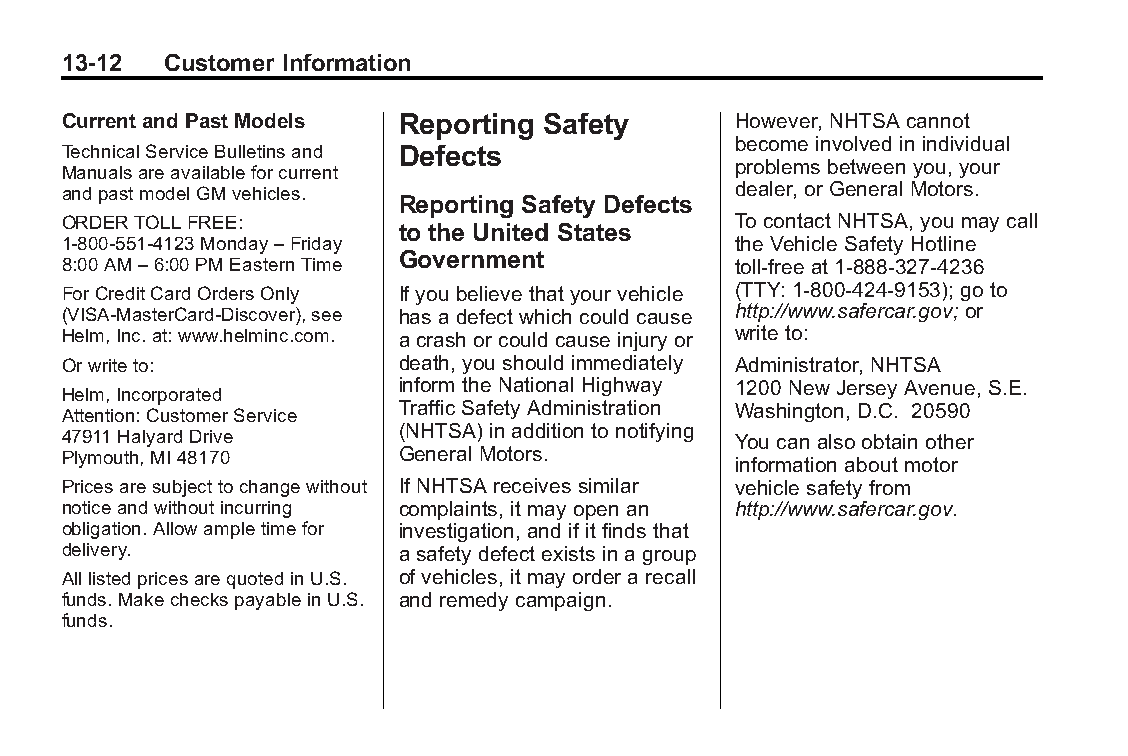
Buick LaCrosse Owner Manual (GMNA-Localizing-U.S./Canada/Mexico- Blackplate(12,1)
 6043609)-2014-2ndEdition-10/17/13
 13-12  Customer Information
 Current andPast Models Reporting Safety     However, NHTSA cannot
 become involved in individual
 TechnicalServiceBulletinsand Defects
 problems between you, your
 Manualsareavailableforcurrent
 andpastmodelGMvehicles.                     dealer, or General Motors.
 Reporting Safety Defects
 ORDERTOLLFREE:                              To contact NHTSA, you may call
 to the United States
 1-800-551-4123Monday–Friday                 the Vehicle Safety Hotline
 Government
 8:00AM–6:00PMEasternTime                    toll-free at 1-888-327-4236
 ForCreditCardOrdersOnly If you believe that your vehicle (TTY: 1-800-424-9153); go to
 (VISA-MasterCard-Discover),see has a defect which could cause http://www.safercar.gov;or
 Helm,Inc.at:www.helminc.com. a crash or could cause injury or write to:
 Orwriteto:            death, you should immediately Administrator, NHTSA
 inform the National Highway 1200 New Jersey Avenue, S.E.
 Helm,Incorporated
 Attention:CustomerService TrafficSafety Administration Washington, D.C. 20590
 (NHTSA) in addition to notifying
 47911HalyardDrive                           You can also obtain other
 Plymouth,MI48170      General Motors.
 information about motor
 Pricesaresubjecttochangewithout If NHTSA receives similar vehicle safety from
 noticeandwithoutincurring complaints, it may open an http://www.safercar.gov.
 obligation.Allowampletimefor investigation, and if it finds that
 delivery.             a safety defect exists in a group
 AlllistedpricesarequotedinU.S. of vehicles, it may order a recall
 funds.MakecheckspayableinU.S. and remedy campaign.
 funds.